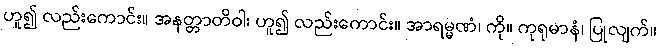
ဟူ၍ လည်းကောင်း။ အနတ္တာတိဝါ၊ ဟူ၍ လည်းကောင်း။ အာရမ္မဏံ၊ ကို။ ကုရုမာနံ၊ ပြုလျက်။